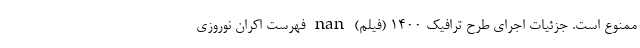
ممنوع است. جزئیات اجرای طرح ترافیک ۱۴۰۰ (فیلم) nan فهرست اکران نوروزی